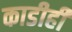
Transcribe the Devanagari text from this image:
काडीही